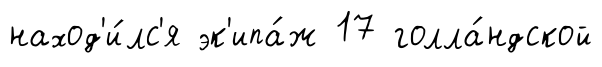
наход'и́лс'я эк'ипа́ж 17 голла́ндской